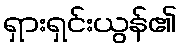
ရှားရှင်းယွန်၏